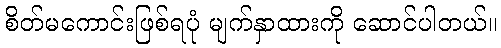
စိတ်မကောင်းဖြစ်ရပုံ မျက်နှာထားကို ဆောင်ပါတယ်။